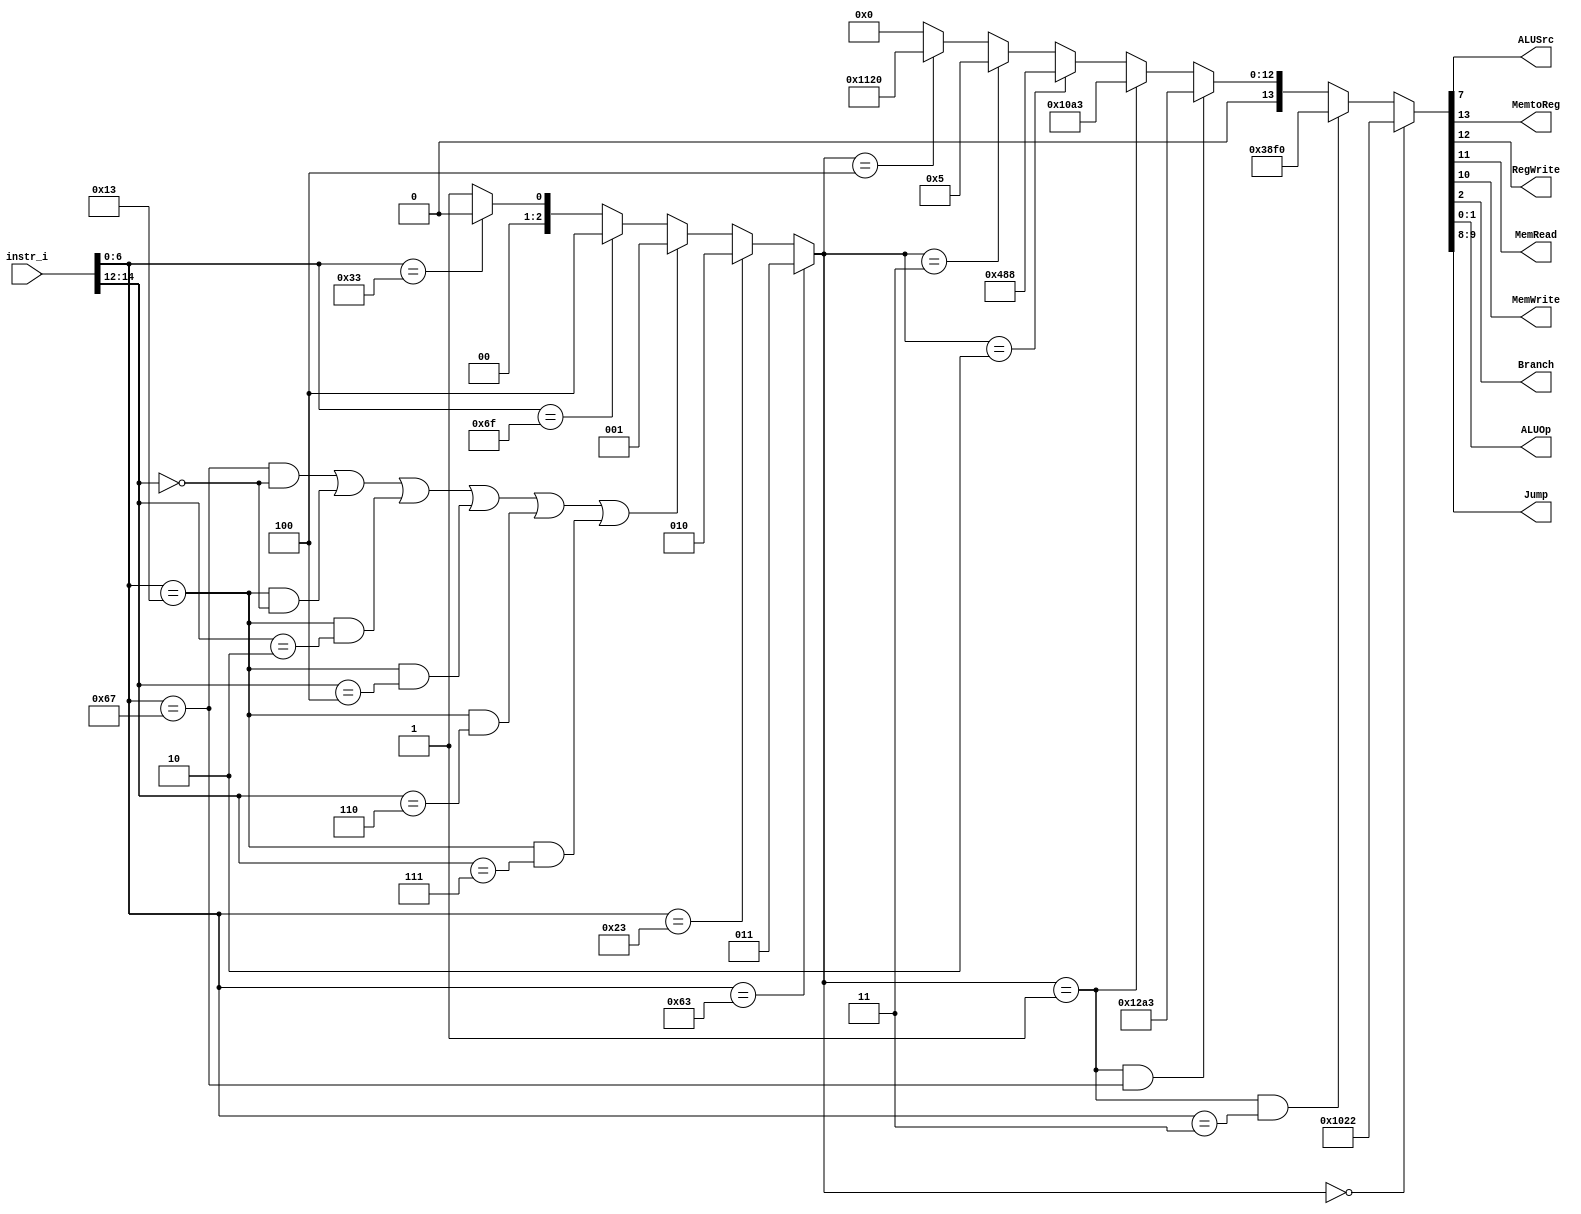
/***************************************************
Student Name: 
Student ID: 07162220716214
***************************************************/

`timescale 1ns/1ps

module Decoder(
	input [31:0] 	instr_i,
	output          ALUSrc,
	output          MemtoReg,
	output          RegWrite,
	output          MemRead,
	output          MemWrite,
	output          Branch,
	output [1:0]	ALUOp,
	output [1:0]	Jump
	);
	
	//Internal Signals
	wire	[7-1:0]		opcode;
	wire 	[3-1:0]		funct3;
	wire	[14-1:0]	Ctrl_o;
	wire	[3-1:0]		Instr_field;

	assign opcode = instr_i[6:0];
	assign funct3 = instr_i[14:12];

	// Check Instr. Field
	// 0:R-type, 1:I-type, 2:S-type, 3:B-type, 4:J-type
	assign Instr_field= (opcode==7'b1100011)?3:(
						(opcode==7'b0100011)?2:((
						(opcode==7'b1100111 && funct3==3'b000) ||	//JALR
						(opcode==7'b0010011 && funct3==3'b000) ||	//ADDI
						(opcode==7'b0010011 && funct3==3'b010) ||	//SLTI
						(opcode==7'b0010011 && funct3==3'b100) ||	//XORI
						(opcode==7'b0010011 && funct3==3'b110) ||	//ORI
						(opcode==7'b0010011 && funct3==3'b111))?1:( //ANDI
						(opcode==7'b1101111)?4:(					//JAL
						(opcode==7'b0110011)?0:						//R-type
						1))));
						
	assign Ctrl_o = (Instr_field==0)?						14'b01000000100010:(
					(Instr_field==1 && opcode==7'b0000011)? 14'b11100011110000:( //LW
					(Instr_field==1 && opcode==7'b1100111)?	14'b01001010100011:( //JALR
					(Instr_field==1)?						14'b01000010100011:(
					(Instr_field==2)?						14'b00010010001000:(
					(Instr_field==3)?						14'b00000000000101:(
					(Instr_field==4)?						14'b01000100100000:(
					0)))))));
					
	assign MemtoReg = Ctrl_o[13];
	assign RegWrite = Ctrl_o[12];
	assign MemRead 	= Ctrl_o[11];
	assign MemWrite = Ctrl_o[10];
	assign Jump 	= Ctrl_o[9:8];

	assign ALUSrc 	= Ctrl_o[7];
	assign Branch	= Ctrl_o[2];
	assign ALUOp 	= {Ctrl_o[1:0]};
	// always @ (*) begin
	// 	$display("Instr_field = %1d, ALUOp = %2b\n",
	//         Instr_field, ALUOp
	// 	);
	// end

endmodule